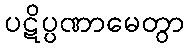
ပဋိပ္ပဏာမေတွာ